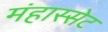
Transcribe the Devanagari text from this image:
मंहास्सेट